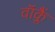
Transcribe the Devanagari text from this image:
वॉक्लैं